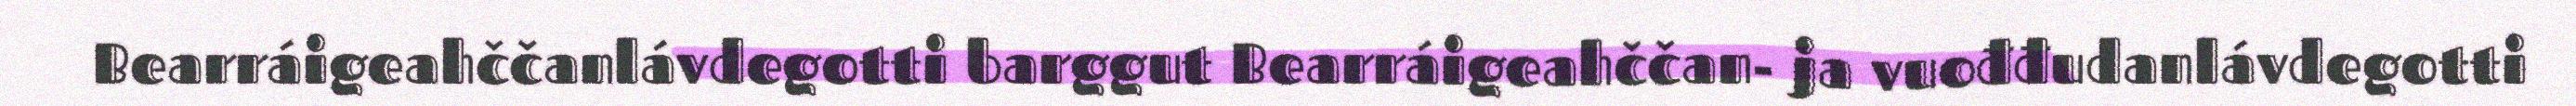
Bearráigeahččanlávdegotti barggut Bearráigeahččan- ja vuođđudanlávdegotti